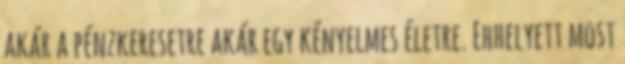
akár a pénzkeresetre akár egy kényelmes életre. Ehhelyett most